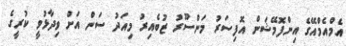
އެމްއެމްއޭގެ އިންފޮމޭޝަން އޮފިސަރު މަންސޫރު ޒުބެއިރު މިއަދު ސަން އަށް ވިދާޅުވީ ކުރީގެ